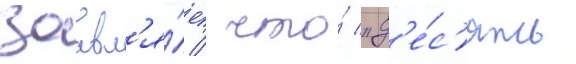
заавл'я́ет / что́ "д'е́с'ять